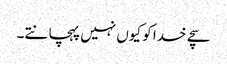
سچے خدا کو کیوں نہیں پہچانتے۔